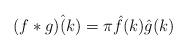
LaTeX: \begin{align*} ( f*g) \hat (k ) = \pi \hat f(k) \hat g(k) \end{align*}